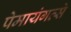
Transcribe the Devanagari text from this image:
पेमायंगत्से